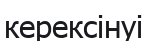
керексінуі